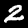
Label: 2